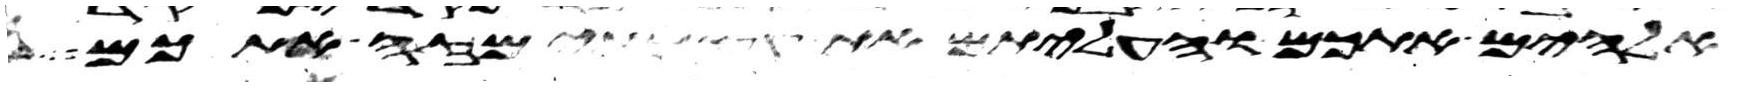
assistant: אלהים אתכם והעליתם את עצמתי מזה אתכם